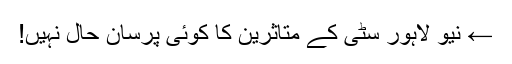
← نیو لاہور سٹی کے متاثرین کا کوئی پرسان حال نہیں!